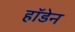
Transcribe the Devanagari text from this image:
हॉडेन